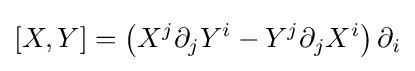
[X,Y]=\left(X^{j}\partial _{j}Y^{i}-Y^{j}\partial _{j}X^{i}\right)\partial _{i}